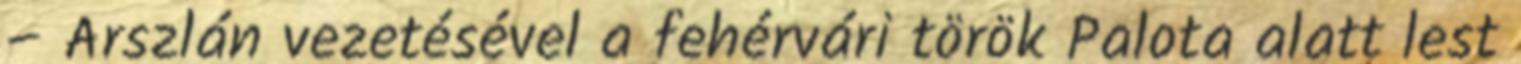
– Arszlán vezetésével a fehérvári török Palota alatt lest